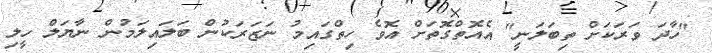
"ހާދަ ވަރަކަށް ތިބަލަނީ" އެއޮތްގޮތަށް އޮވެ ހިތްގައިމު ނަޒަރަކުން ބަލައިލަމުން ނާޔަލް ހީލި